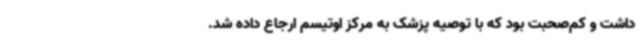
داشت و کم‌صحبت بود که با توصیه پزشک به مرکز اوتیسم ارجاع داده شد.